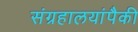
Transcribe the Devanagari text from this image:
संग्रहालयांपैकी